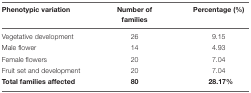
<table><thead><tr><td><b>Phenotypic variation</b></td><td><b>Number of families</b></td><td><b>Percentage (%)</b></td></tr></thead><tbody><tr><td>Vegetative development</td><td>26</td><td>9.15</td></tr><tr><td>Male flower</td><td>14</td><td>4.93</td></tr><tr><td>Female flowers</td><td>20</td><td>7.04</td></tr><tr><td>Fruit set and development</td><td>20</td><td>7.04</td></tr><tr><td><b>Total families affected</b></td><td><b>80</b></td><td><b>28.17%</b></td></tr></tbody></table>